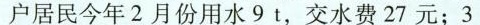
户居民今年2月份用水9t，交水费27元；3